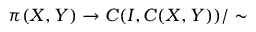
\pi ( X , Y ) \to C ( I , C ( X , Y ) ) / \sim